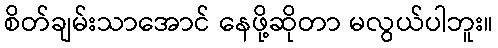
စိတ်ချမ်းသာအောင် နေဖို့ဆိုတာ မလွယ်ပါဘူး။